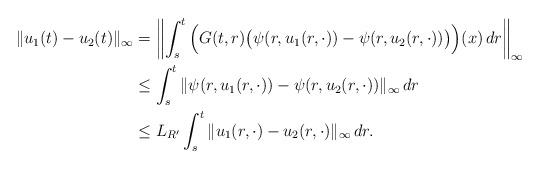
LaTeX: \begin{align*}\|u_1(t)-u_2(t)\|_{\infty}&= \left\|\int_s^t \Big(G(t,r)\big(\psi(r,u_1(r,\cdot))-\psi(r,u_2(r,\cdot))\big)\Big)(x)\,dr\right\|_\infty\\& \le \int_s^t \|\psi(r,u_1(r,\cdot))-\psi(r,u_2(r,\cdot))\|_\infty\,dr\\&\le L_{R'}\int_s^t\|u_1(r, \cdot)-u_2(r, \cdot)\|_{\infty}\, dr.\end{align*}